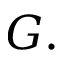
G .